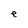
Character: e